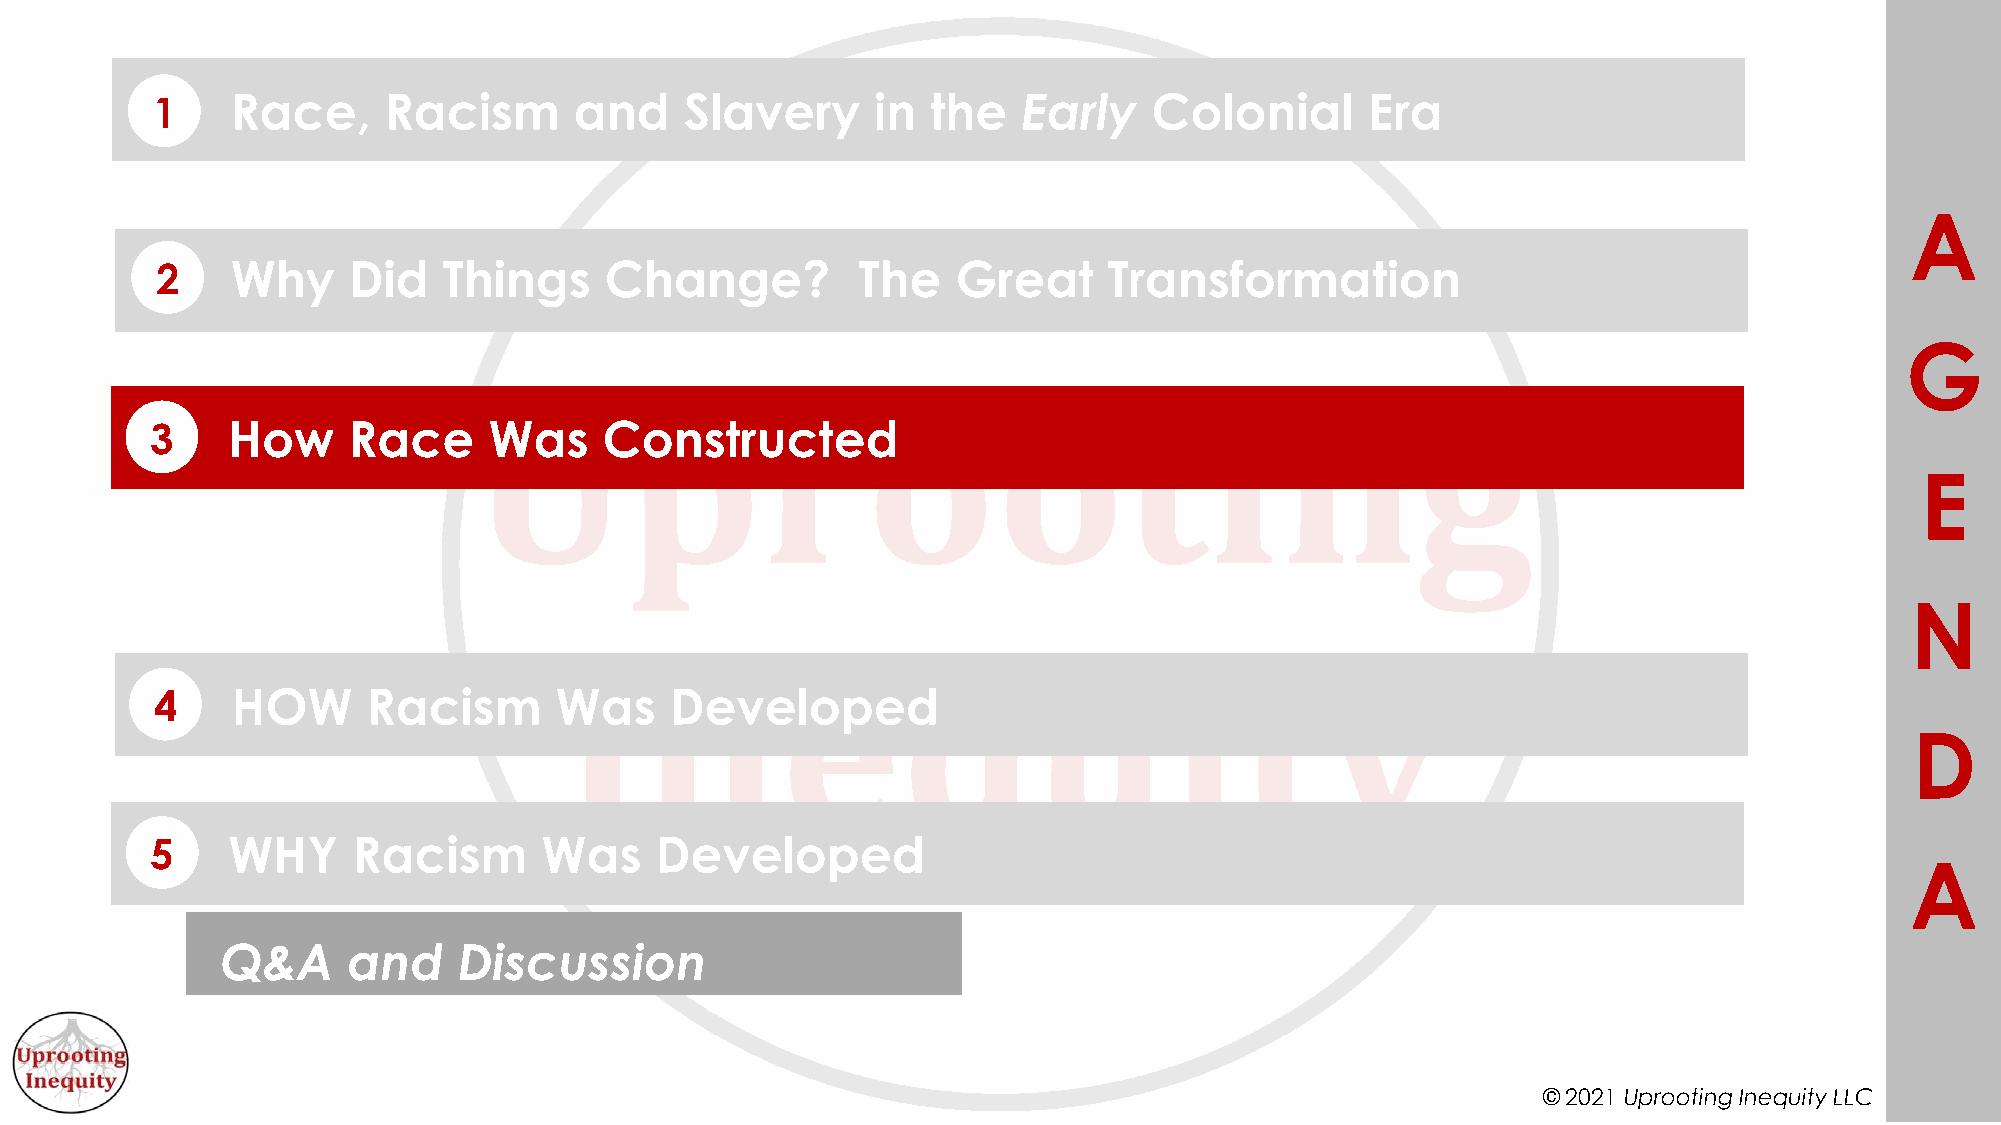
1    Race,     Racism       and    Slavery      in  the   Early   Colonial       Era
 A
 2    Why     Did   Things     Change?          The   Great     Transformation
 G
 3    How     Race     Was     Constructed
 E
 N
 4    HOW      Racism       Was    Developed
 D
 5    WHY     Racism       Was    Developed
 A
 Q&A     and    Discussion
 © 2021 Uprooting Inequity LLC